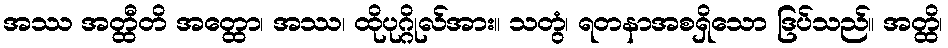
အဿ အတ္ထီတိ အတ္ထော၊ အဿ၊ ထိုပုဂ္ဂိုလ်အား။ သတွံ၊ ရတနာအစရှိသော ဒြပ်သည်။ အတ္ထိ၊